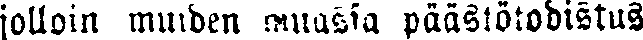
jolloin muiden muassa päästötodistus